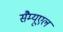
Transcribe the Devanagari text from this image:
सैम्‍यूएल